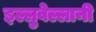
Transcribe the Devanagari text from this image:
इल्लुवेल्लानी